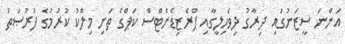
އަންނަ ސީޒަނުގައި ދިރާގު ދިވެހިލީގާއި ޕްރެޒިޑެންޓްސް ކަޕްގެ ތަށި މިލްކު ކުރުމުގެ ފުރުޞަތު